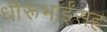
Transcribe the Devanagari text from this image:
धीरूभाईंसह